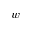
w